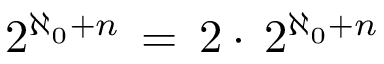
2 ^ { \aleph _ { 0 } + n } \, = \, 2 \cdot \, 2 ^ { \aleph _ { 0 } + n }